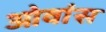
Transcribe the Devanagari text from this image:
ओवांस